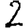
Digit: 2